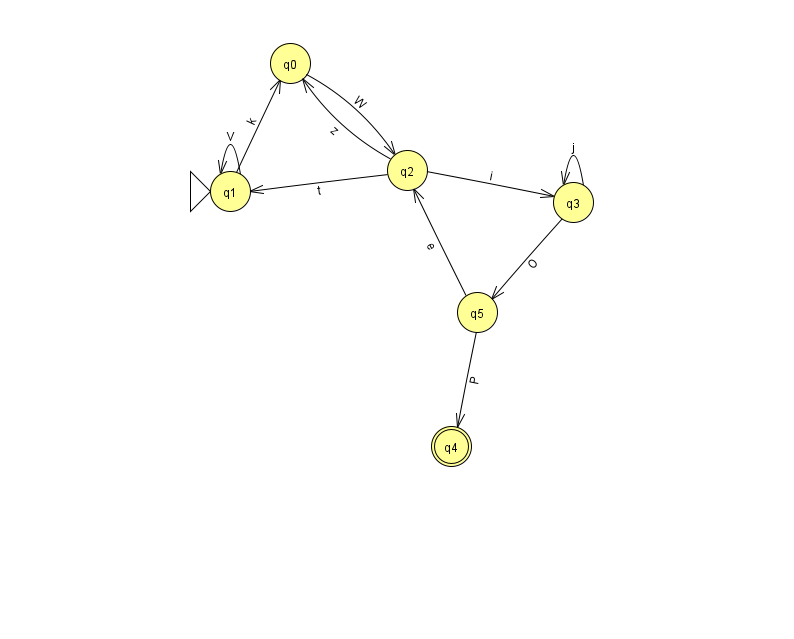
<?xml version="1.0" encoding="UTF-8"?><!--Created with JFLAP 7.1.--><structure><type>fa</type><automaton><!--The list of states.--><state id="0" name="q0"><x>290.0</x><y>50.0</y></state><state id="1" name="q1"><x>230.0</x><y>178.0</y><initial/></state><state id="2" name="q2"><x>407.0</x><y>157.0</y></state><state id="3" name="q3"><x>573.0</x><y>189.0</y></state><state id="4" name="q4"><x>451.0</x><y>433.0</y><final/></state><state id="5" name="q5"><x>477.0</x><y>299.0</y></state><!--The list of transitions.--><transition><from>5</from><to>2</to><read>e</read></transition><transition><from>1</from><to>1</to><read>V</read></transition><transition><from>2</from><to>0</to><read>z</read></transition><transition><from>5</from><to>4</to><read>P</read></transition><transition><from>2</from><to>3</to><read>i</read></transition><transition><from>3</from><to>3</to><read>j</read></transition><transition><from>0</from><to>2</to><read>W</read></transition><transition><from>2</from><to>1</to><read>t</read></transition><transition><from>1</from><to>0</to><read>k</read></transition><transition><from>3</from><to>5</to><read>O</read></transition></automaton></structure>